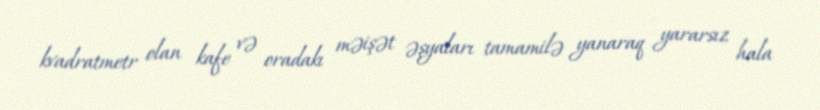
kvadratmetr olan kafe və oradakı məişət əşyaları tamamilə yanaraq yararsız hala